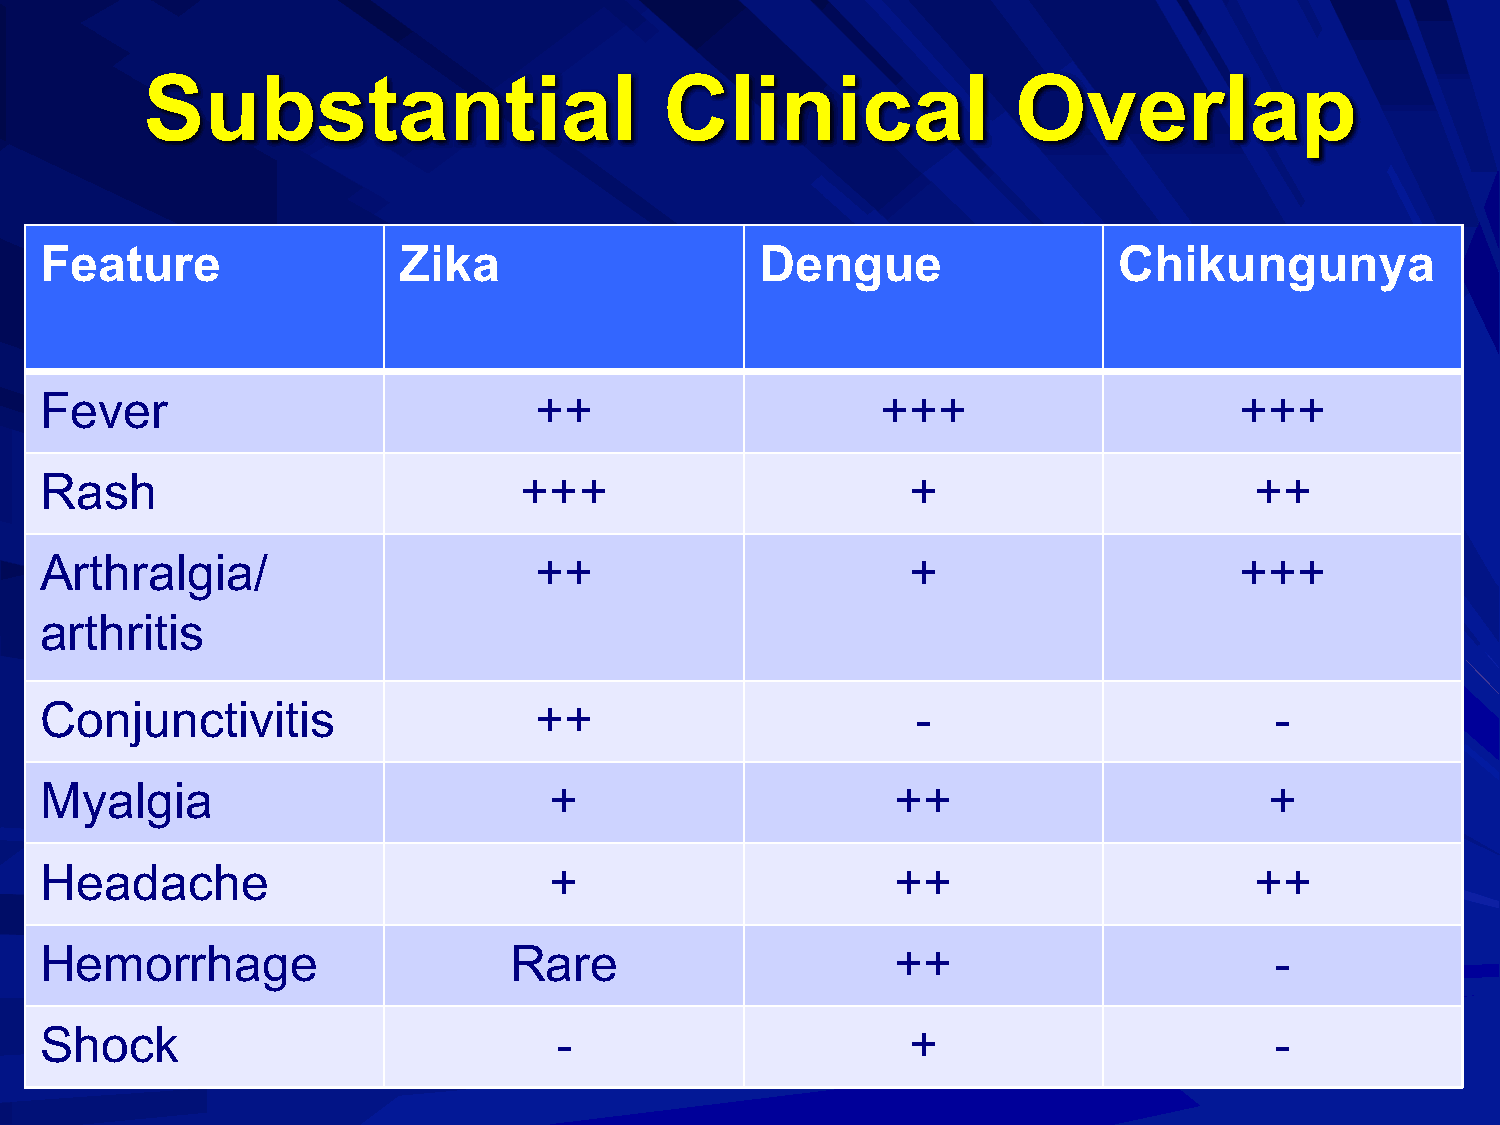
Substantial                        Clinical               Overlap
 Feature                Zika                    Dengue                  Chikungunya
 Fever                           ++                     +++                     +++
 Rash                           +++                       +                      ++
 Arthralgia/                     ++                       +                     +++
 arthritis
 Conjunctivitis                  ++                        -                      -
 Myalgia                          +                      ++                       +
 Headache                         +                      ++                      ++
 Hemorrhage                     Rare                     ++                       -
 Shock                             -                      +                       -